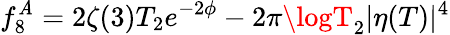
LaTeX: f_{8}^{\mathit{A}}=2\zeta(3)T_{2}e^{-2\phi}-2\pi\logT_{2}|\eta(T)|^{4}